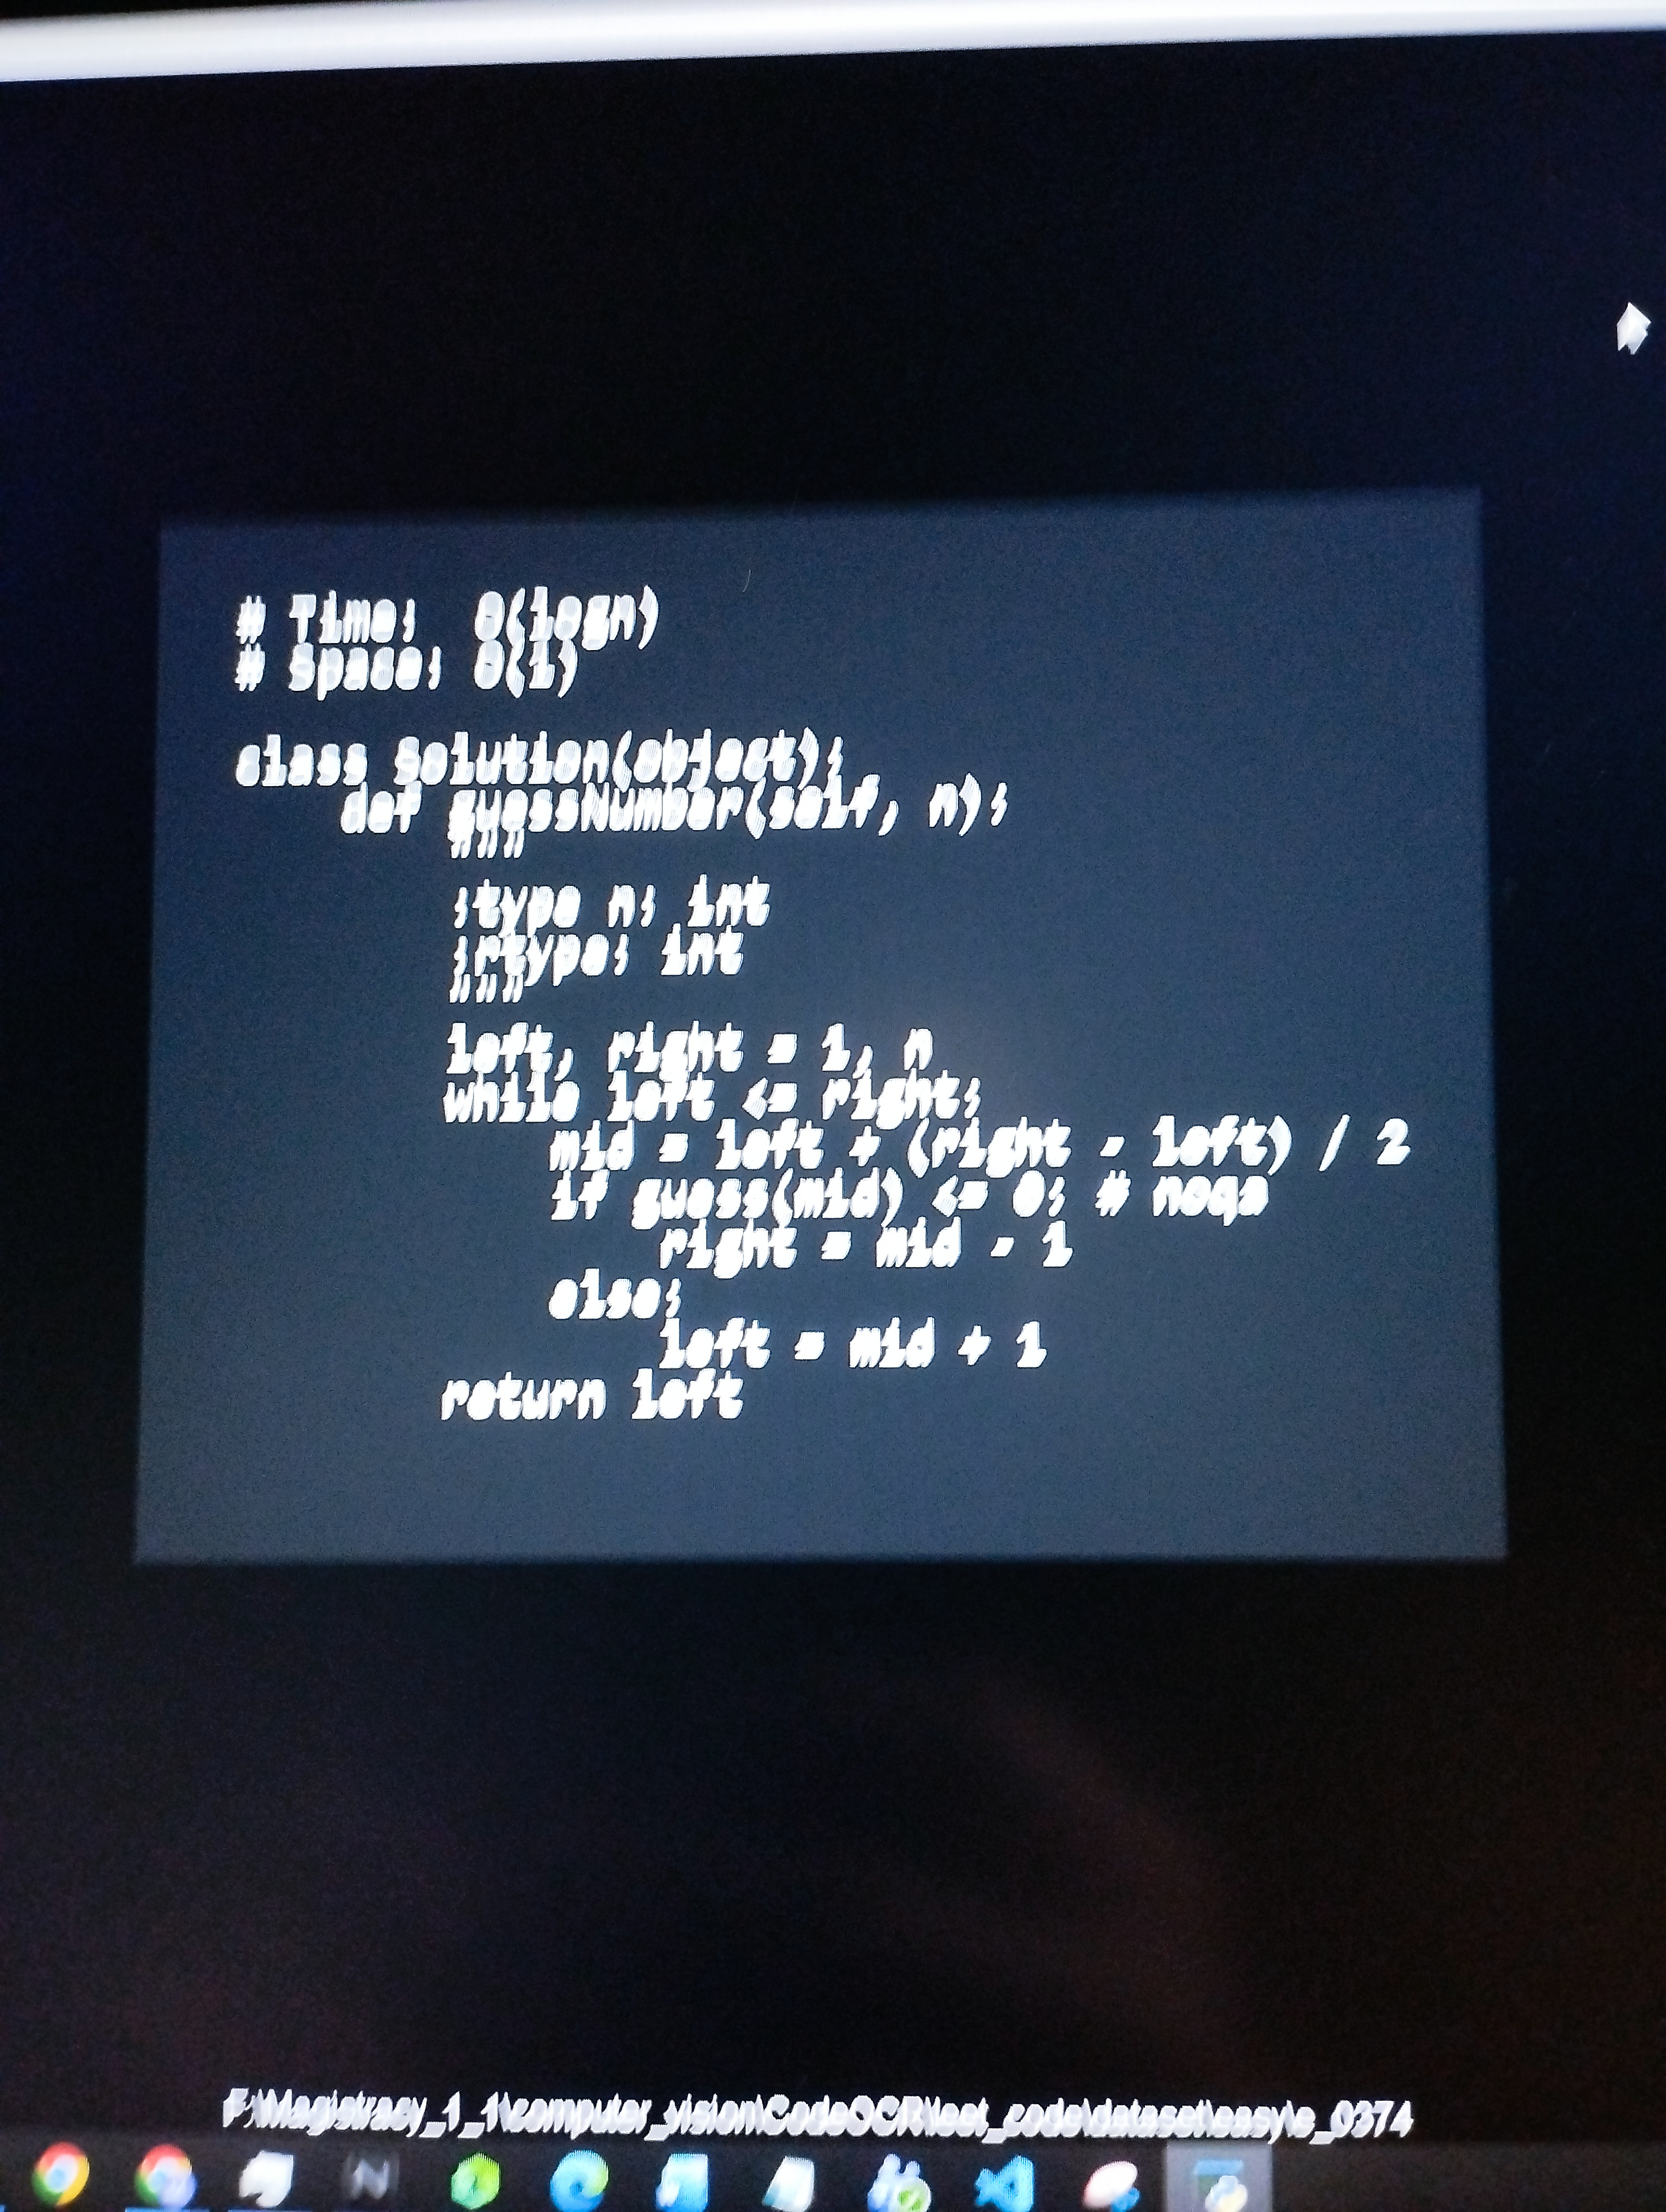
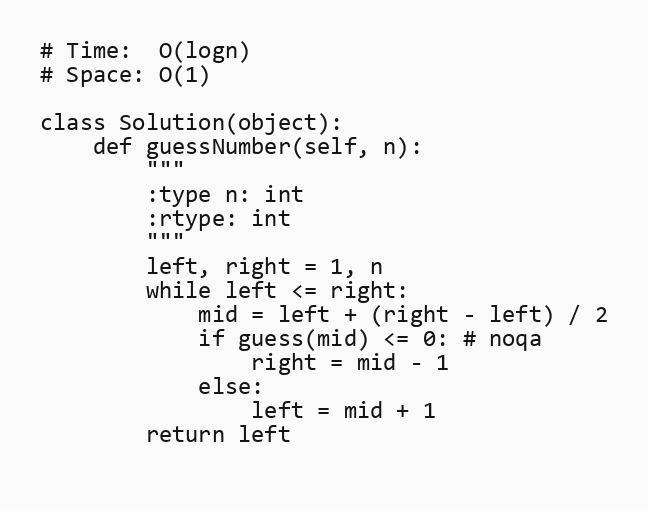
# Time:  O(logn)
# Space: O(1)

class Solution(object):
    def guessNumber(self, n):
        """
        :type n: int
        :rtype: int
        """
        left, right = 1, n
        while left <= right:
            mid = left + (right - left) / 2
            if guess(mid) <= 0: # noqa
                right = mid - 1
            else:
                left = mid + 1
        return left